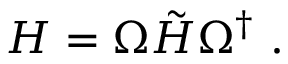
H = \Omega \tilde { H } \Omega ^ { \dag } \ .